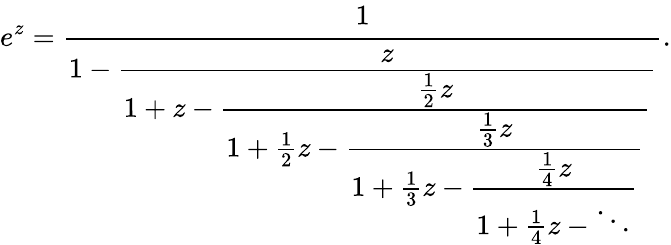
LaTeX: e^{z}={\cfrac{1}{1-{\cfrac{z}{1+z-{\cfrac{{\frac{1}{2}}z}{1+{\frac{1}{2}}z-{\cfrac{{\frac{1}{3}}z}{1+{\frac{1}{3}}z-{\cfrac{{\frac{1}{4}}z}{1+{\frac{1}{4}}z-\ddots}}}}}}}}}}.